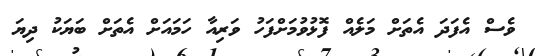
ވެސް އެފަދަ އެތަށް މަލެއް ފޮޅުވުމަށްފަހު ވަރިއާ ހަމައަށް އެތަށް ބަޔަކު ދިޔަ